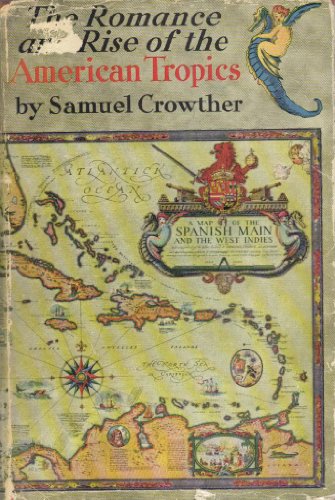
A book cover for The romance and rise of the American tropics,; Samuel Crowther; Travel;